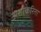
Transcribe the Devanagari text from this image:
अशाकरिता